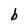
Character: b